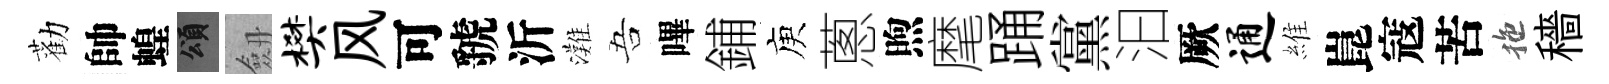
勸帥蝗頌劔樊风可虢沂灘吾嗶鋪庾蔥煦麾踊黨汩厥通維崑寇苦拖穡